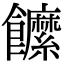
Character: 䭧